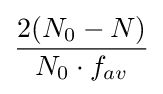
{\frac {2(N_{0}-N)}{N_{0}\cdot f_{av}}}